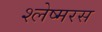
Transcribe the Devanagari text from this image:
श्लेष्मरस